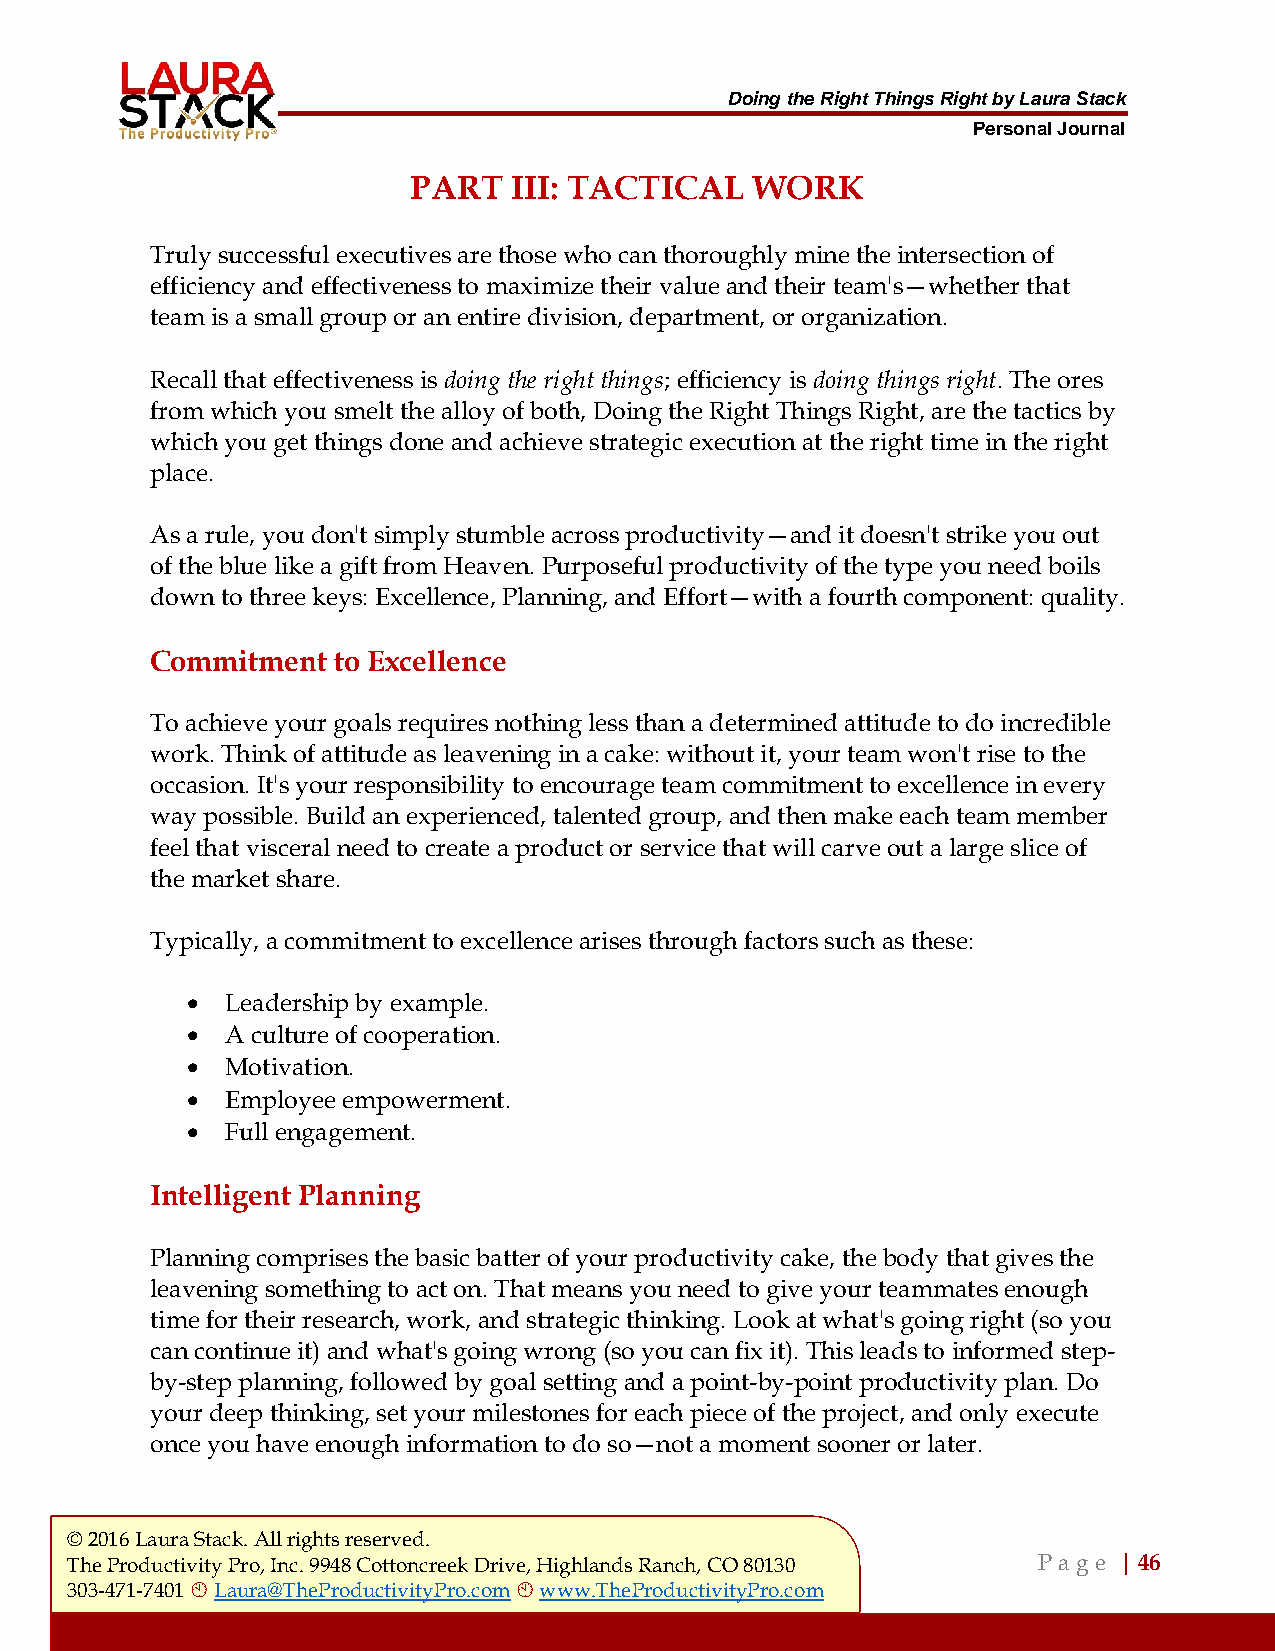
Doing the Right Things Right by Laura Stack
 Personal Journal
 PART   III: TACTICAL   WORK
 Truly successful executives are those who can thoroughly mine the intersection of
 efficiency and effectiveness to maximize their value and their team's—whether that
 team is a small group or an entire division, department, or organization.
 Recall that effectiveness is doing the right things; efficiency is doing things right. The ores
 from which you smelt the alloy of both, Doing the Right Things Right, are the tactics by
 which you get things done and achieve strategic execution at the right time in the right
 place.
 As a rule, you don't simply stumble across productivity—and it doesn't strike you out
 of the blue like a gift from Heaven. Purposeful productivity of the type you need boils
 down to three keys: Excellence, Planning, and Effort—with a fourth component: quality.
 Commitment  to Excellence
 To achieve your goals requires nothing less than a determined attitude to do incredible
 work. Think of attitude as leavening in a cake: without it, your team won't rise to the
 occasion. It's your responsibility to encourage team commitment to excellence in every
 way possible. Build an experienced, talented group, and then make each team member
 feel that visceral need to create a product or service that will carve out a large slice of
 the market share.
 Typically, a commitment to excellence arises through factors such as these:
 •  Leadership by example.
 •  A culture of cooperation.
 •  Motivation.
 •  Employee empowerment.
 •  Full engagement.
 Intelligent Planning
 Planning comprises the basic batter of your productivity cake, the body that gives the
 leavening something to act on. That means you need to give your teammates enough
 time for their research, work, and strategic thinking. Look at what's going right (so you
 can continue it) and what's going wrong (so you can fix it). This leads to informed step-
 by-step planning, followed by goal setting and a point-by-point productivity plan. Do
 your deep thinking, set your milestones for each piece of the project, and only execute
 once you have enough information to do so—not a moment sooner or later.
 © 2016 Laura Stack. All rights reserved.
 The Productivity Pro, Inc. 9948 Cottoncreek Drive, Highlands Ranch, CO 80130 P a ge | 46
 303-471-7401  Laura@TheProductivityPro.com  www.TheProductivityPro.com